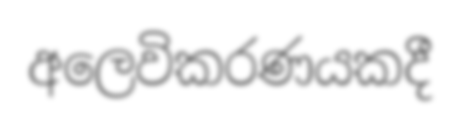
අලෙවිකරණයකදී